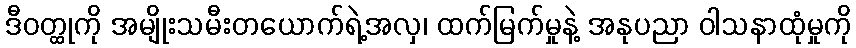
ဒီဝတ္ထုကို အမျိုးသမီးတယောက်ရဲ့အလှ၊ ထက်မြက်မှုနဲ့ အနုပညာ ဝါသနာထုံမှုကို